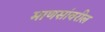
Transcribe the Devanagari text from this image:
माणसांवरील